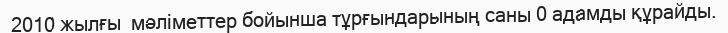
2010 жылғы  мәліметтер бойынша тұрғындарының саны 0 адамды құрайды.